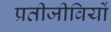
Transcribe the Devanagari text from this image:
प्रतीजीवियों